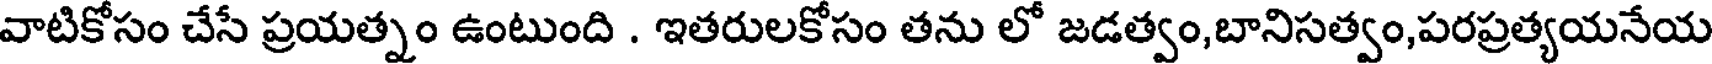
వాటికోసం చేసే ప్రయత్నం ఉంటుంది . ఇతరులకోసం తను లో జడత్వం,బానిసత్వం,పరప్రత్యయనేయ